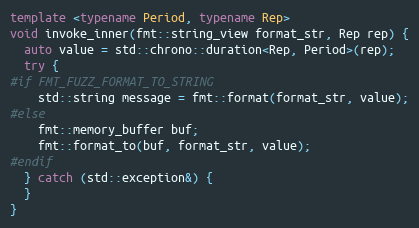
Language: C++
template <typename Period, typename Rep>
void invoke_inner(fmt::string_view format_str, Rep rep) {
  auto value = std::chrono::duration<Rep, Period>(rep);
  try {
#if FMT_FUZZ_FORMAT_TO_STRING
    std::string message = fmt::format(format_str, value);
#else
    fmt::memory_buffer buf;
    fmt::format_to(buf, format_str, value);
#endif
  } catch (std::exception&) {
  }
}